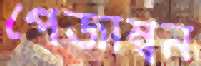
পেজাম্বন